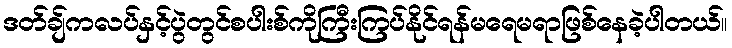
ဒတ်ချ်ကလပ်နှင့်ပွဲတွင်စပါးစ်ကိုကြီးကြပ်နိုင်ရန်မရေမရာဖြစ်နေခဲ့ပါတယ်။